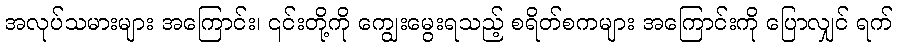
အလုပ်သမားများ အကြောင်း၊ ၎င်းတို့ကို ကျွေးမွေးရသည့် စရိတ်စကများ အကြောင်းကို ပြောလျှင် ရက်